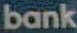
bank